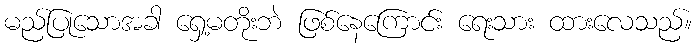
မည်ပြုသောအခါ ရှေ့မတိုးဘဲ ဖြစ်နေကြောင်း ရေးသား ထားလေသည်။